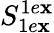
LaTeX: S_{1e\mathbf{x}}^{1e\mathbf{x}}